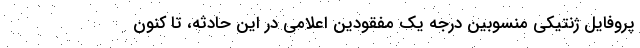
پروفایل ژنتیکی منسوبین درجه یک مفقودین اعلامی در این حادثه، تا کنون